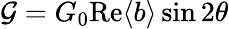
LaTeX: {\cal G}=G_{0}\mathrm{Re}\langle b\rangle\sin 2\theta